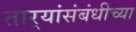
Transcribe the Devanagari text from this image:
तार्‍यांसंबंधीच्या